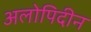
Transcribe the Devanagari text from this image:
अलोपिदीन